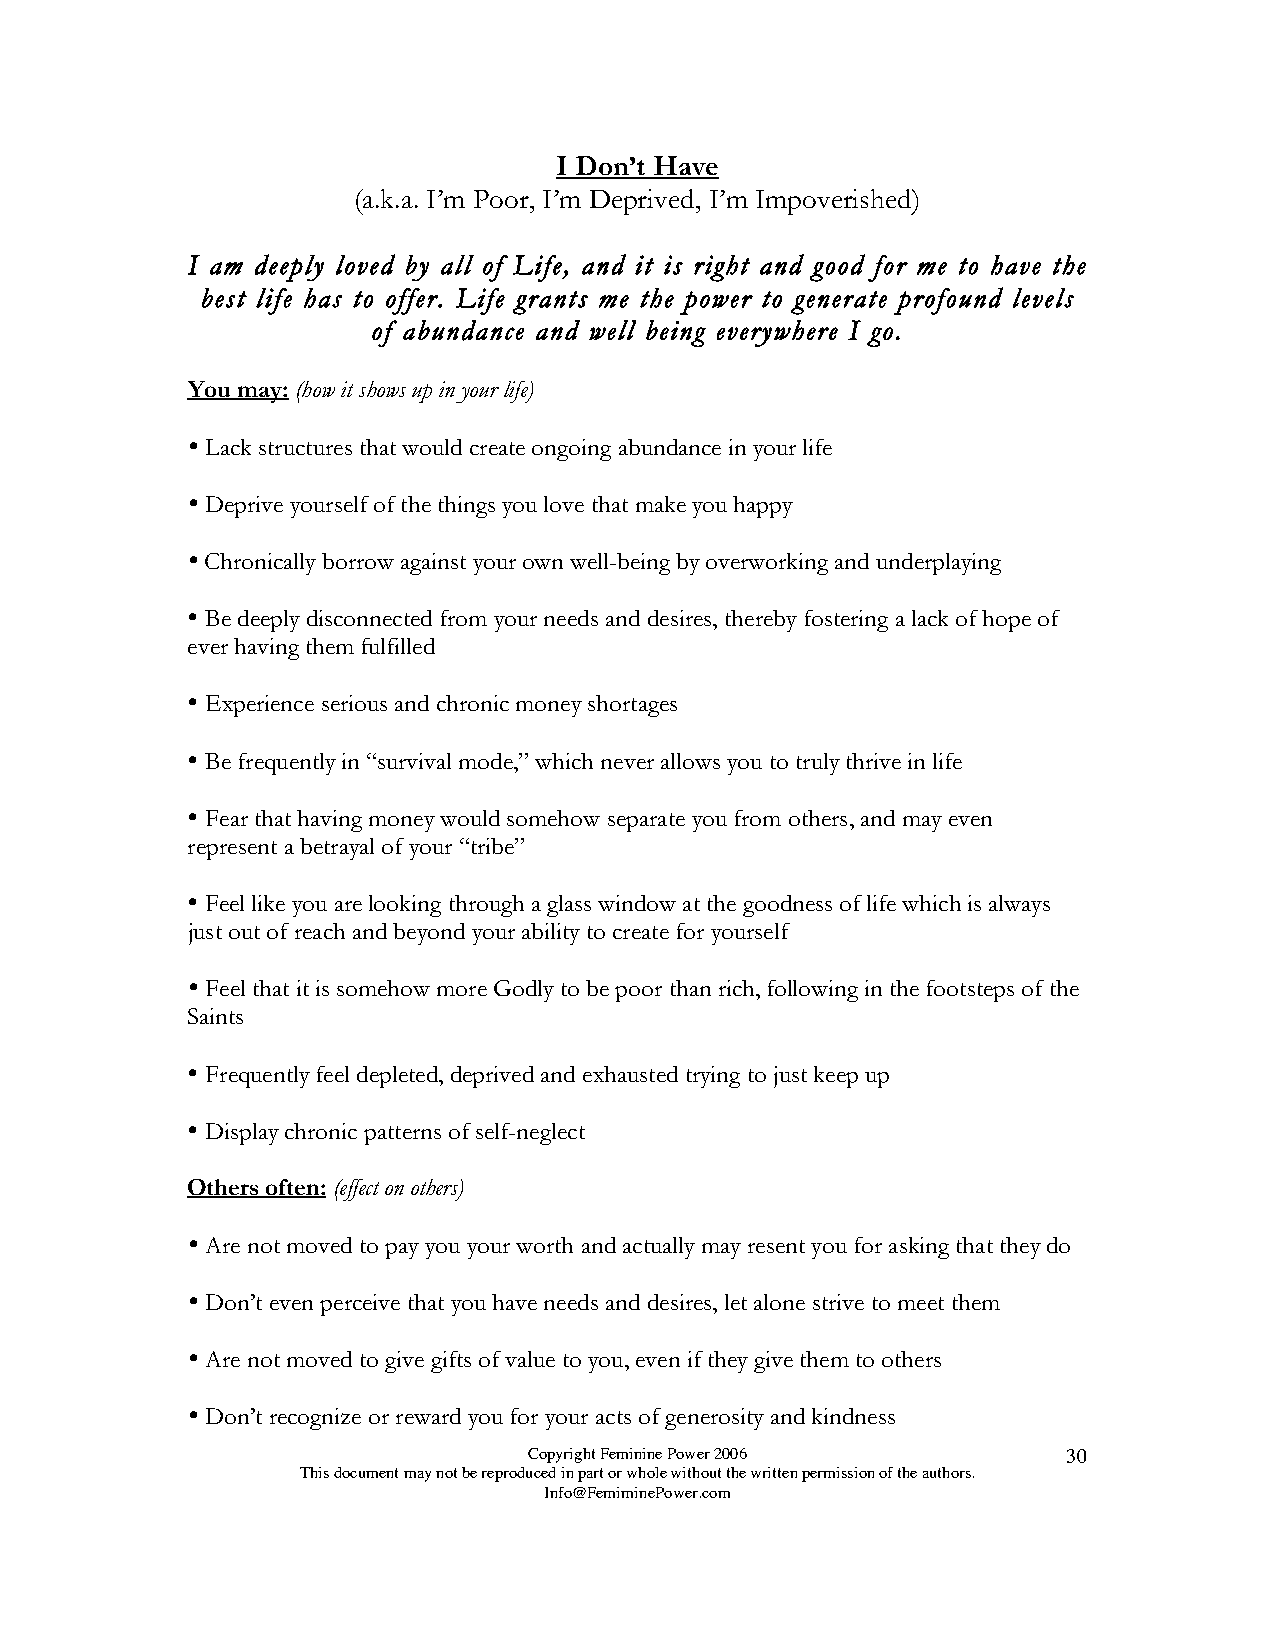
I Don’t Have
 (a.k.a. I’m Poor, I’m Deprived, I’m Impoverished)
 I am deeply loved by all of Life, and it is right and good for me to have the
 best life has to offer. Life grants me the power to generate profound levels
 of abundance and well being everywhere I go.
 You may: (how it shows up in your life)
 
 Lack structures that would create ongoing abundance in your life
 
 Deprive yourself of the things you love that make you happy
 
 Chronically borrow against your own well-being by overworking and underplaying
 
 Be deeply disconnected from your needs and desires, thereby fostering a lack of hope of
 ever having them fulfilled
 
 Experience serious and chronic money shortages
 
 Be frequently in “survival mode,” which never allows you to truly thrive in life
 
 Fear that having money would somehow separate you from others, and may even
 represent a betrayal of your “tribe”
 
 Feel like you are looking through a glass window at the goodness of life which is always
 just out of reach and beyond your ability to create for yourself
 
 Feel that it is somehow more Godly to be poor than rich, following in the footsteps of the
 Saints
 
 Frequently feel depleted, deprived and exhausted trying to just keep up
 
 Display chronic patterns of self-neglect
 Others often: (effect on others)
 
 Are not moved to pay you your worth and actually may resent you for asking that they do
 
 Don’t even perceive that you have needs and desires, let alone strive to meet them
 
 Are not moved to give gifts of value to you, even if they give them to others
 
 Don’t recognize or reward you for your acts of generosity and kindness
 Copyright Feminine Power 2006       30
 This document may not be reproduced in part or whole without the written permission of the authors.
 Info@FemiminePower.com